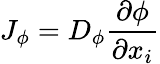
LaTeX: J_{\phi}=D_{\phi}{\frac{\partial\phi}{\partial x_{i}}}